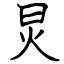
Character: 炅